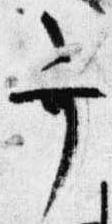
弁